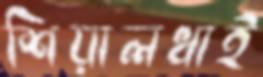
শিয়ালধাই